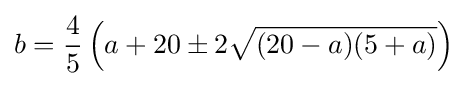
b={\frac {4}{5}}\left(a+20\pm 2{\sqrt {(20-a)(5+a)}}\right)